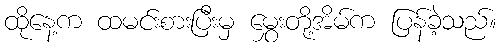
ထိုနေ့က ထမင်းစားပြီးမှ မွှေးတို့အိမ်က ပြန်ခဲ့သည်။